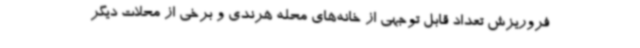
فروریزش تعداد قابل توجهی از خانه‌های محله هرندی و برخی از محلات دیگر